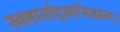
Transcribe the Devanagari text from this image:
स्वभासोद्भासितव्रजः।